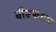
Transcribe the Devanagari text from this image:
बीएफआर